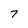
Character: 7